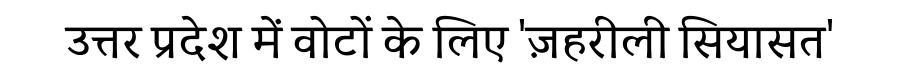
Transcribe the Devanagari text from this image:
उत्तर प्रदेश में वोटों के लिए 'ज़हरीली सियासत'